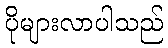
ပိုများလာပါသည်